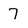
Character: 7